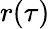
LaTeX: r(\tau)